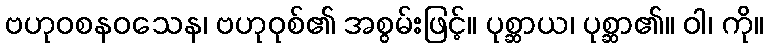
ဗဟုဝစနဝသေန၊ ဗဟုဝုစ်၏ အစွမ်းဖြင့်။ ပုစ္ဆာယ၊ ပုစ္ဆာ၏။ ဝါ၊ ကို။